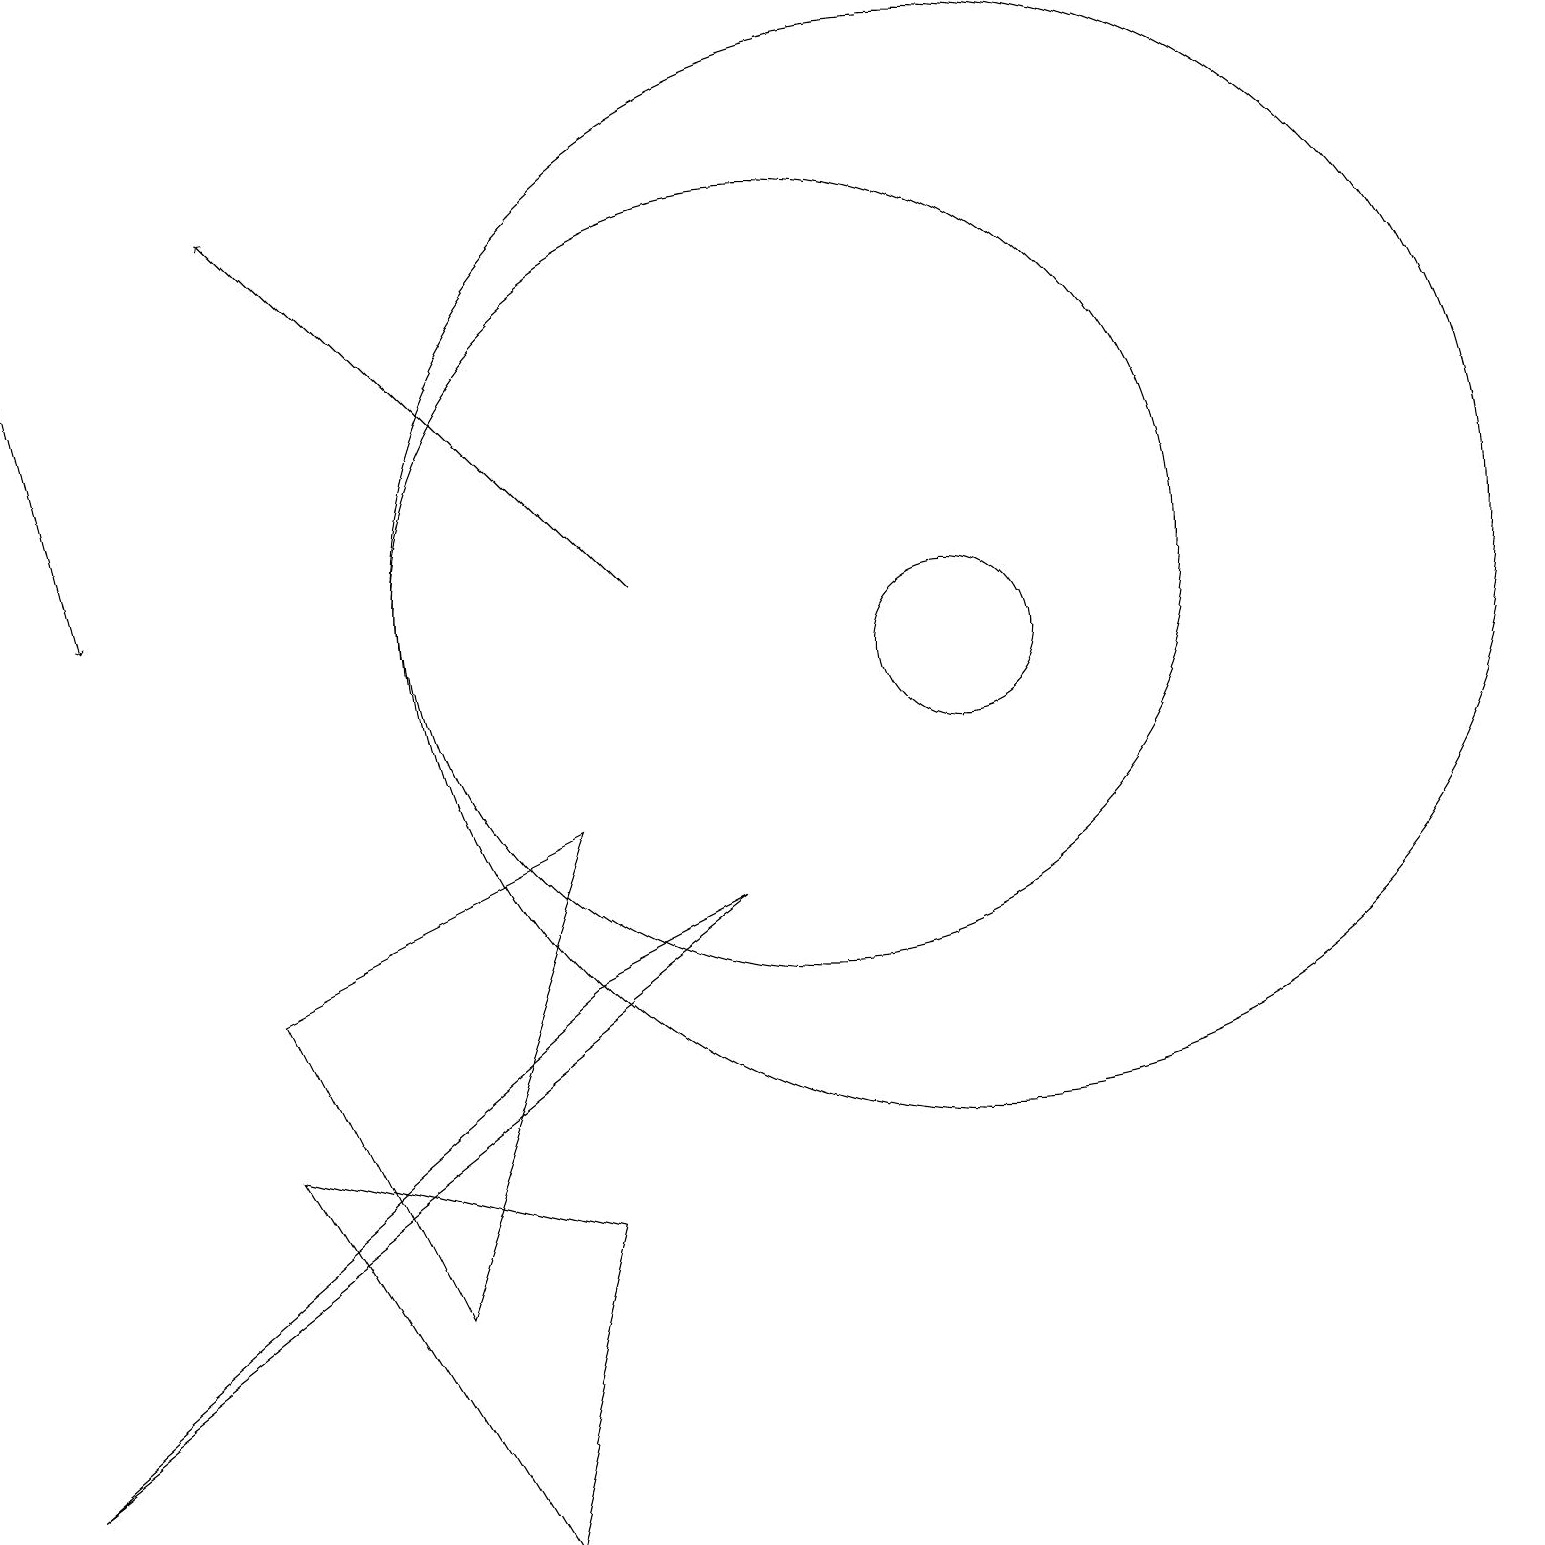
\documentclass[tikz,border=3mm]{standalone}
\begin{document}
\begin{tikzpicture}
\draw (7,9) -- (5,3) -- (3,7) -- cycle;
\draw (12,12) circle (7);
\draw (9,8) -- (0,1) -- (7,7) -- cycle;
\draw (3,5) -- (7,4) -- (6,0) -- cycle;
\draw[->] (0,16) -- (1,12);
\draw[->] (8,12) -- (3,17);
\draw (10,12) circle (5);
\draw (12,11) circle (1);
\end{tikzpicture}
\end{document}